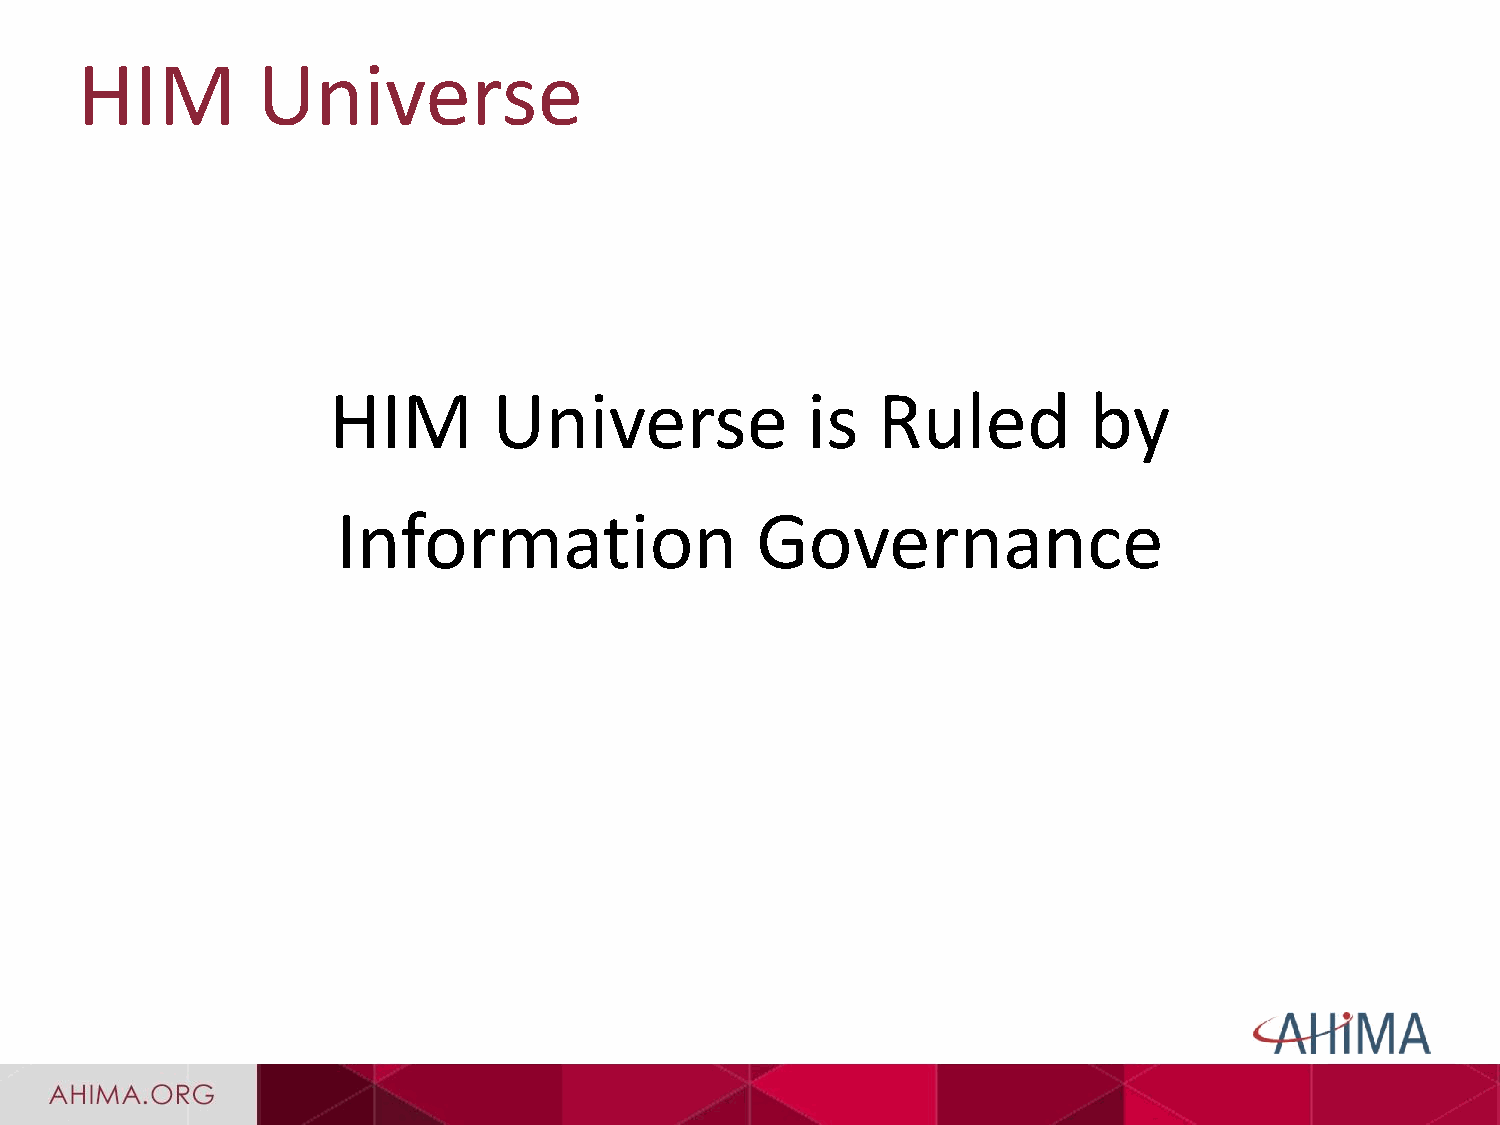
HIM         Universe
 HIM        Universe            is   Ruled         by
 Information                 Governance